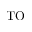
\mathrm { T O }